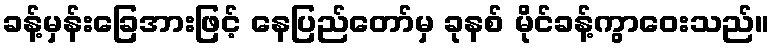
ခန့်မှန်းခြေအားဖြင့် နေပြည်တော်မှ ခုနစ် မိုင်ခန့်ကွာဝေးသည်။